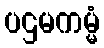
ပဌမကမ္မံ